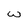
Character: w